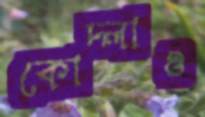
কোদ্‌লাও